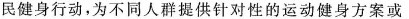
民健身行动，为不同人群提供针对性的运动健身方案或